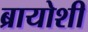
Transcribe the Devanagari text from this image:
ब्रायोशी